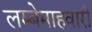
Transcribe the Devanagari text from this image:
लम्बेमाहवारी